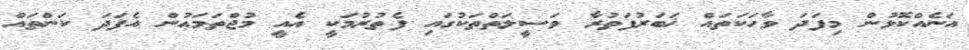
އަނެއްކޮޅުން މިފަދަ ވާހަކަތައް ޚަބަރުފަތުރާ ވަސީލަތްތަކުގައި ފެތުރުމަކީ އެއީ މުޖްތަމަޢުން އެފަދަ ކަންތައް